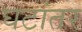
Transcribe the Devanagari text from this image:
घटांतर